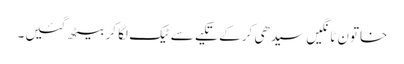
خاتون ٹانگیں سیدھی کر کے تکیے سے ٹیک لگا کر بیٹھ گئیں۔